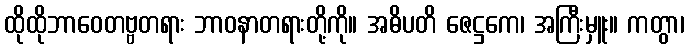
ထိုထိုဘာဝေတဗ္ဗတရား ဘာဝနာတရားတို့ကို။ အဓိပတိ ဇေဋ္ဌကေ၊ အကြီးမှူး။ ကတွာ၊